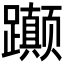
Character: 𬧚